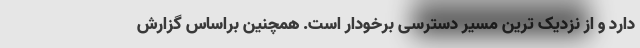
دارد و از نزدیک ترین مسیر دسترسی برخودار است. همچنین براساس گزارش